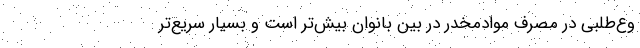
وع‌طلبی در مصرف موادمخدر در بین بانوان بیش‌تر است و بسیار سریع‌تر